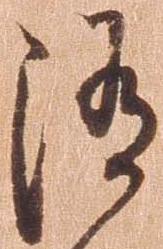
随